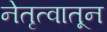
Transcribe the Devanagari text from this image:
नेतृत्वातून